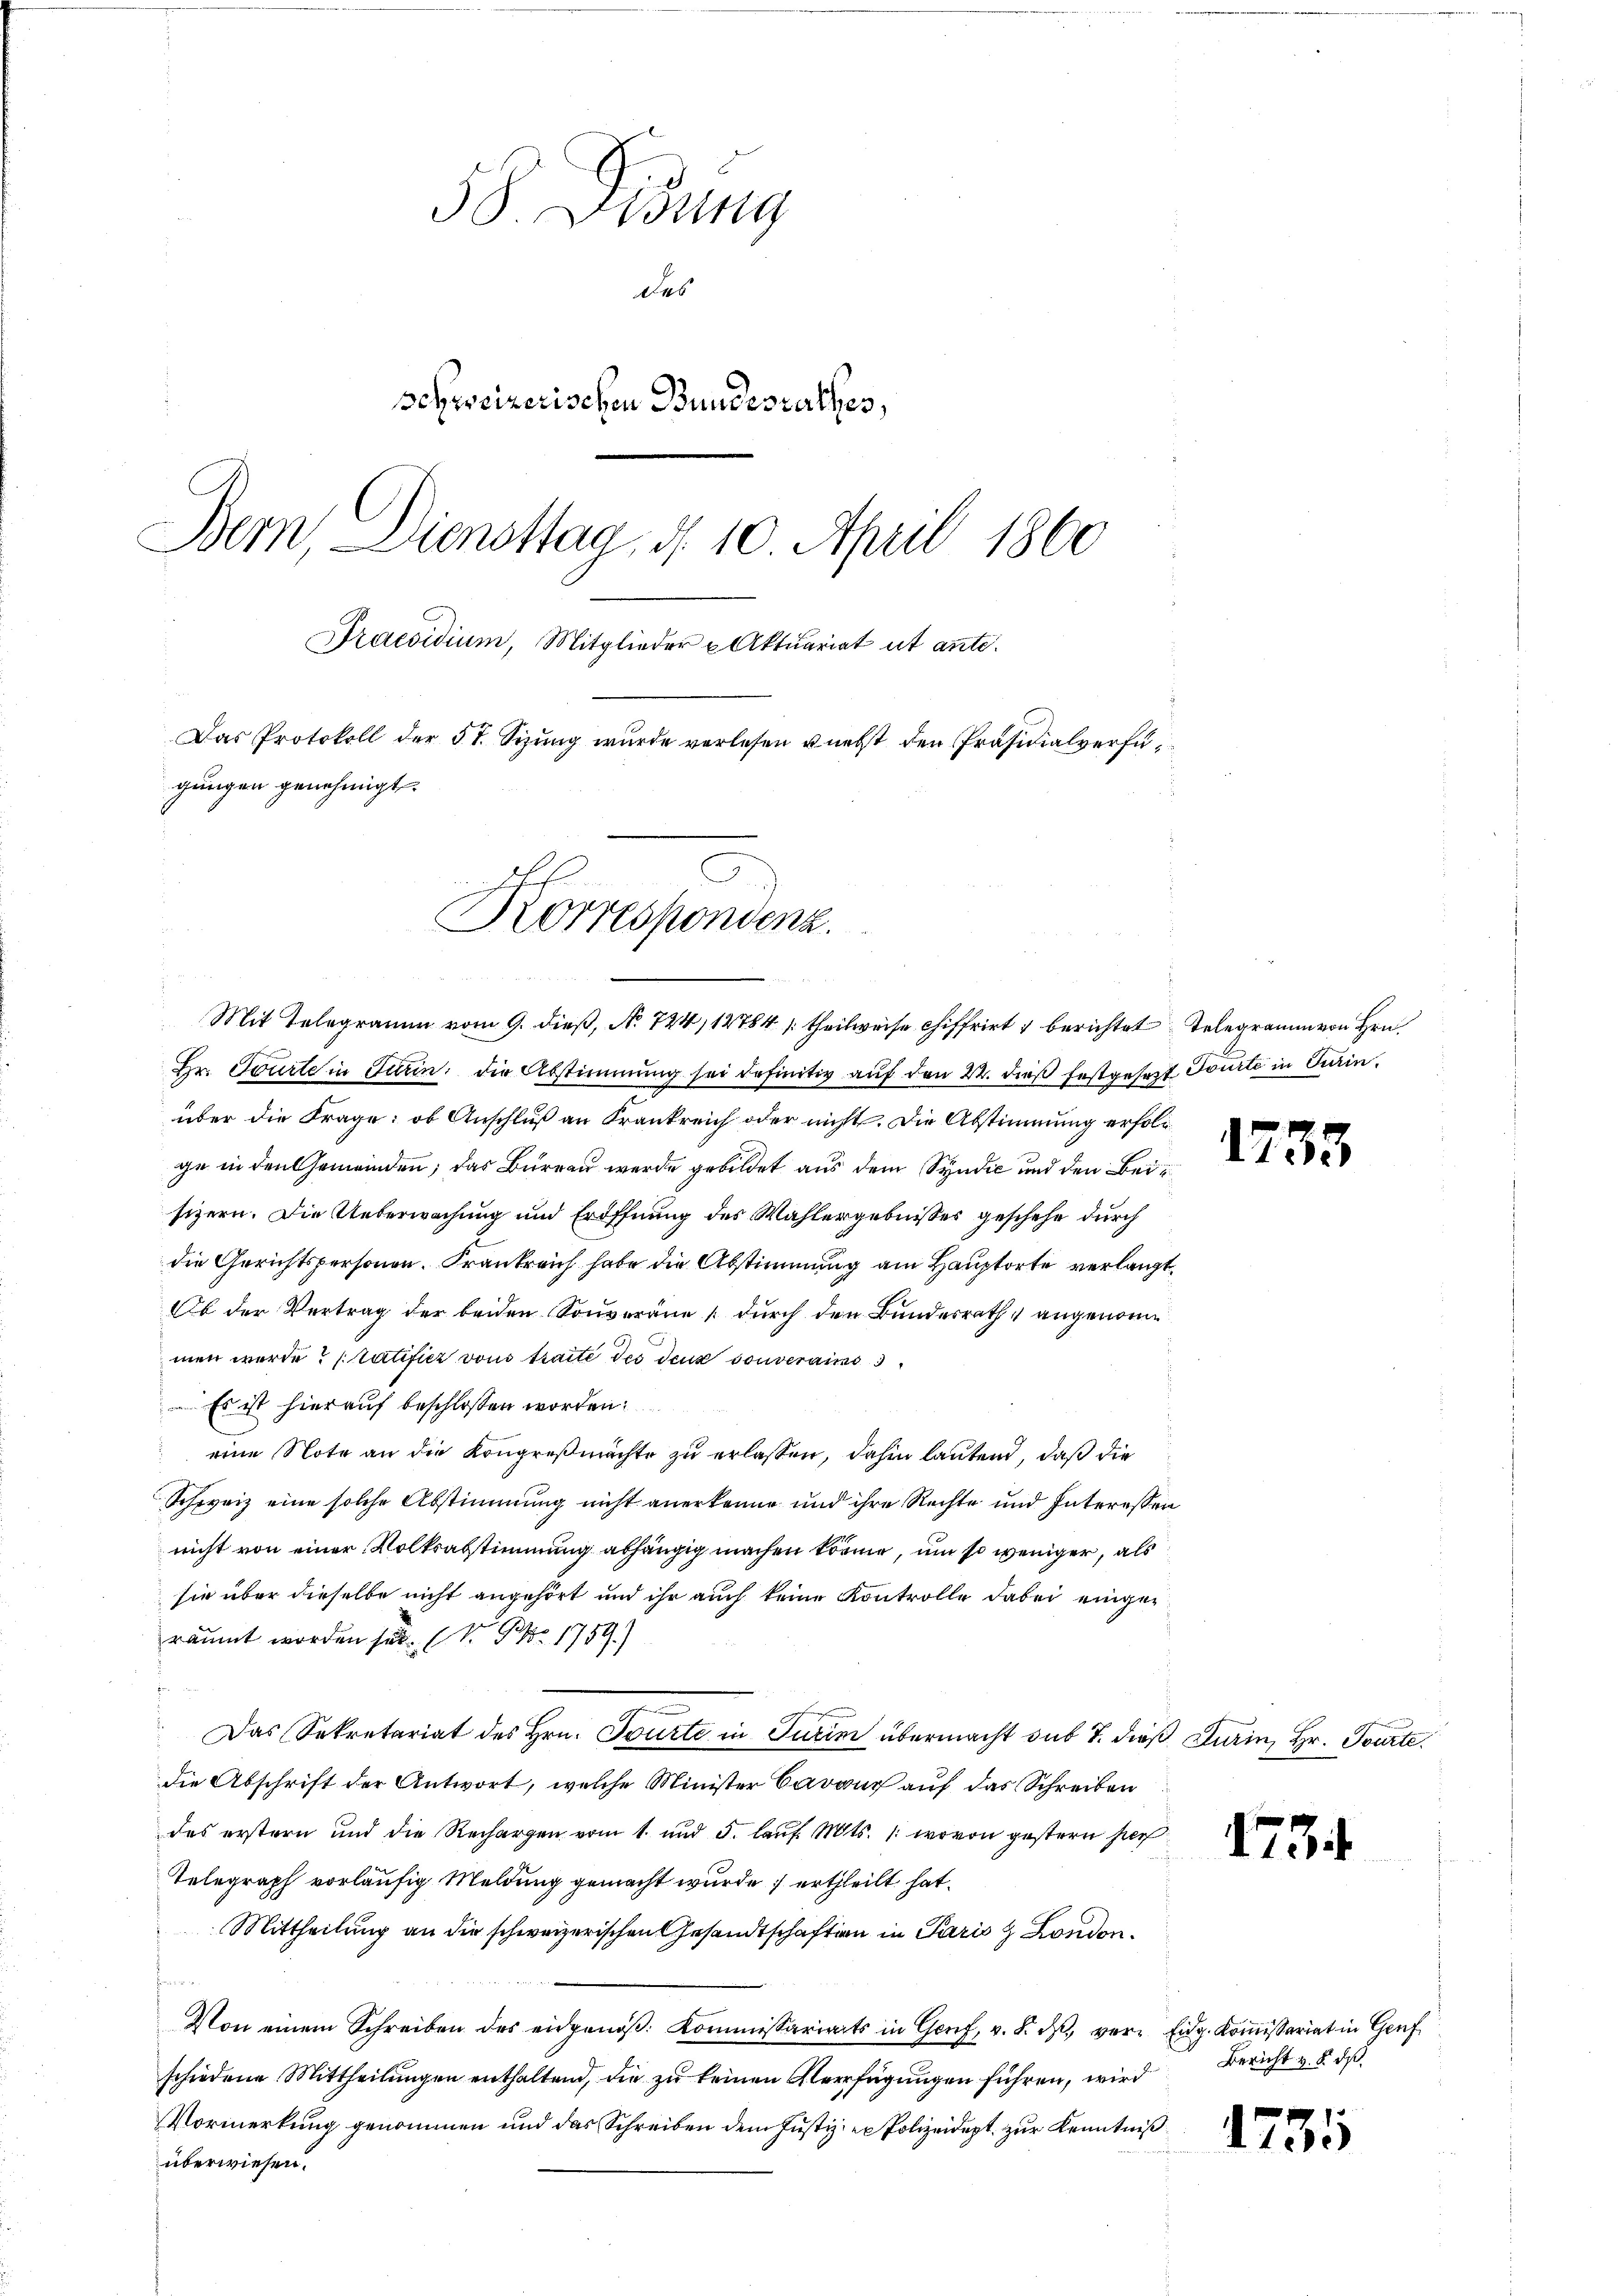
58 Didung
des
schweizerischen Bundesrathes,
Bem Diensttag, d. 10. April 1860
Praesidium, Mitglieder u Aktuariat ut ante.
Das Protokoll der 5t. Sitzung wurde verlesen unerst den Präsidialverfügungen genehmigt.
.

C
Korrespondenz

Mit Telegramm vom 9. dieß, No 724, 12784 (theilweise chiffrirt & berichtet Telegramm von Hrn.
Hr. Tourte in Turin, die Abstimmung sei definitiv auf den 22. dieß festgesezt Toute in Turin
über die Frage: ob Anschluß an Krankreich oder nicht. Die Abstimmung erfolge in den Gemeinden; das Bureau werde gebildet aus dem Syndić und den Beisizern. Die Ueberwachung und Eröffnung des Wahlergebnisses geschehe durch
die Gerichtspersonen. Frankreich habe die Abstimmung am Hauptorte verlangt,
Ob der Vertrag der beiden Souveräne durch den Bundesrath, angenom
men werde? (Ratifier von traite des deux souverains
 Es ist hierauf beschlossen worden
eine Note an die Kongreßmachte zu erlassen, dahin lautend, daß die
Schweiz eine solche Abstimmung nicht anerkenne und ihre Rechte und Interessen
nicht von einer Volksabstimmung abhängig machen könne, um so weniger, als
sie über dieselbe nicht angehört und ihr auch keine Kontrolle dabei eingeräumt worden sei. (N. P. Nr. 1759)
Das Sekretariat des Hrn. Tourte in Turin übermacht sub 7. dieß Turin, Hr. Tourte
die Abschrift der Antwort, welche Minister Cavaux auf das Schreiben
des erstern und die Rechargen vom 1. und 5. laŭf. Mts. 1. wovon gestern per
Telegraph vorläufig Meldung gemacht wurde ertheilt hat.
Mittheilung an die schweizerischen Gesandtschaften in Paris zu London.
t
Von einem Schreiben des eidgenöβ. Kommissariats in Genf, v. 8. dβ ver- Eidg. Koṁissariat in Genf
schiedene Mittheilungen enthaltend, die zu keinen Verfügungen führen, wird
Vormerkung genommen und das Schreiben dem Justiz, ex Polizeidept, zur Kenntniß
überwiesen.

1753

47

Bericht v. 8. ds

1735